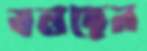
বলছেন